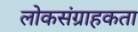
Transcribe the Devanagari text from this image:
लोकसंग्राहकता